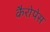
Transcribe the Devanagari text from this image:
कैरोपेस